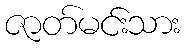
ဇာတ်မင်းသား